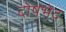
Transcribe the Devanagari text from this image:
दोषभेद